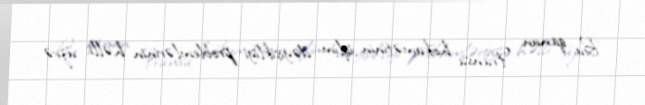
Bu qanun Fransa hökumətinin iqlim dəyişikliyi problemlərinin həlli üzrə